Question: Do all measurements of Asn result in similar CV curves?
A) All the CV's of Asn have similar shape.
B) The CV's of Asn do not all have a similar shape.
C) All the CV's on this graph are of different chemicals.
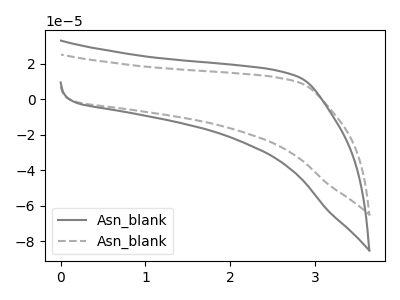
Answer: <think>The gray curve "Asn_blank1" has no peaks. The gray dashed curve "Asn_blank2" has no peaks.
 Neither "Asn_blank1" or "Asn_blank2" have any peaks.</think>
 <answer>A) All the CV's of "Asn" have similar shape.</answer>
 <eval>A</eval>